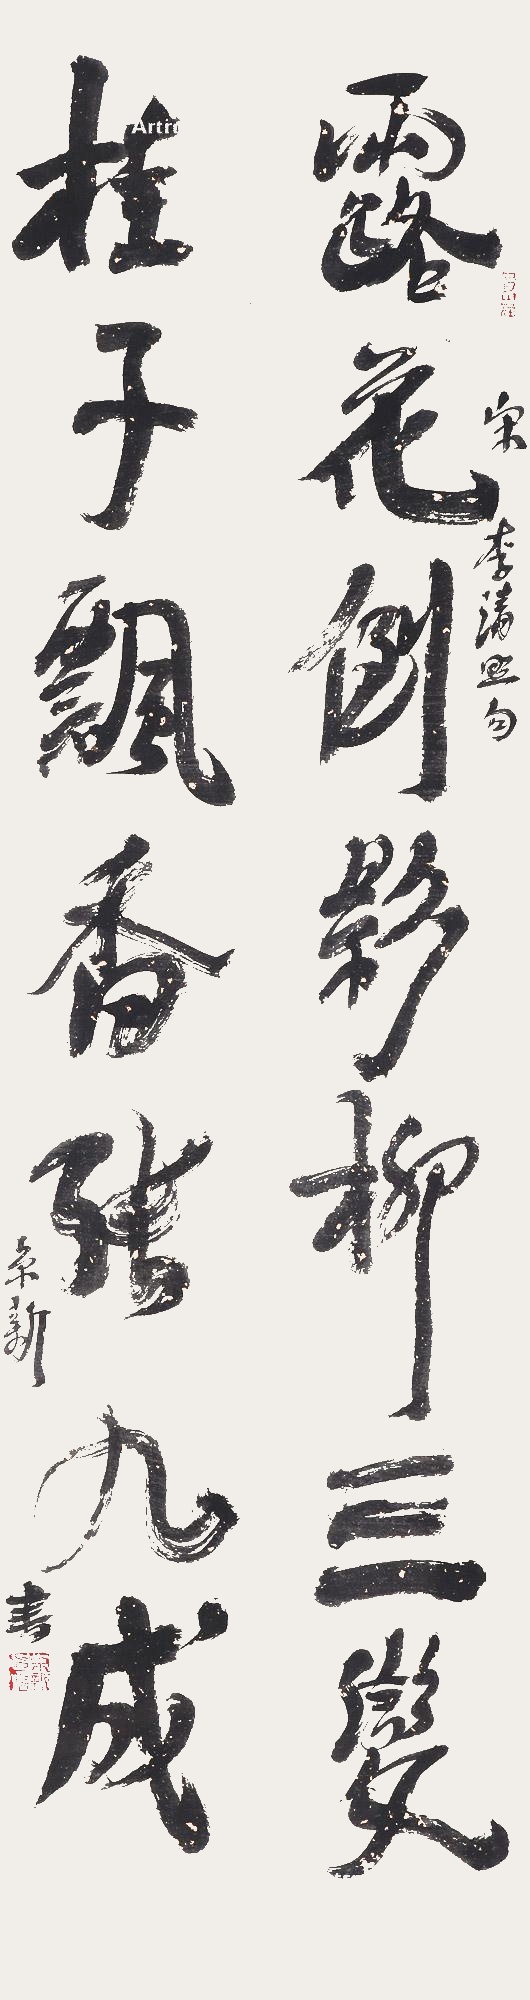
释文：露花倒影柳三变，桂花飘香张九成。宋李清照句，京新书。